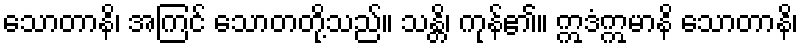
သောတာနိ၊ အကြင် သောတတို့သည်။ သန္တိ၊ ကုန်၏။ ဣဒံဣမာနိ သောတာနိ၊